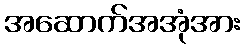
အဆောက်အအုံအား